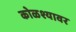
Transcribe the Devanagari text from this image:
कोळश्यावर